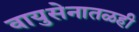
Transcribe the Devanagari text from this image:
वायुसेनातळही